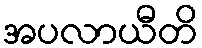
အပလာယီတိ